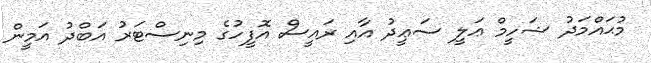
މުޙައްމަދު ޝަހީމް ޢަލީ ސަޢީދު އާއި ރައީސް އޮފީހުގެ މިނިސްޓަރު އަބްދު އަމީން